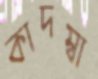
কাদম্বা